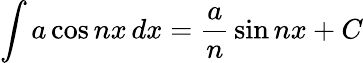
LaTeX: \int a\cos nx\, dx={\frac{a}{n}}\sin nx+C